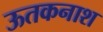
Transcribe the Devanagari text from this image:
ऊतकनाश